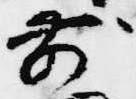
前